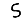
Digit: 5